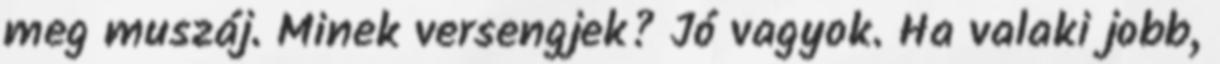
meg muszáj. Minek versengjek? Jó vagyok. Ha valaki jobb,